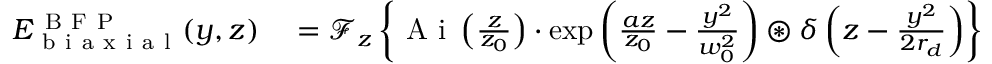
\begin{array} { r l } { E _ { \mathrm { ~ b ~ i ~ a ~ x ~ i ~ a ~ l ~ } } ^ { \mathrm { ~ B ~ F ~ P ~ } } ( y , z ) } & { { } = \ensuremath { \mathcal { F } } _ { z } \left\{ \ensuremath { \mathrm { ~ A ~ i ~ } } \left( \frac { z } { z _ { 0 } } \right) \cdot \exp \left( \frac { a z } { z _ { 0 } } - \frac { y ^ { 2 } } { w _ { 0 } ^ { 2 } } \right) \ensuremath { \circledast } \delta \left( z - \frac { y ^ { 2 } } { 2 r _ { d } } \right) \right\} } \end{array}